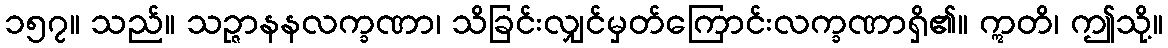
၁၅၇။ သည်။ သဉ္ဇာနနလက္ခဏာ၊ သိခြင်းလျှင်မှတ်ကြောင်းလက္ခဏာရှိ၏။ ဣတိ၊ ဤသို့။